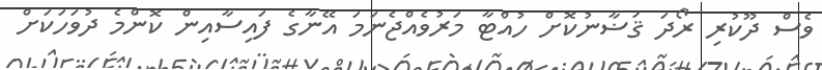
ވެސް ދޫކުރި ރޯދަ ޤަޟާނުކޮށް ހުއްޓާ މަރުވެއްޖެނަމަ އޭނާގެ ފައިސާއިން ކޮންމެ ދުވަހަކަށް